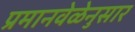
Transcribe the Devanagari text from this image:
प्रमानवेळेनुसार